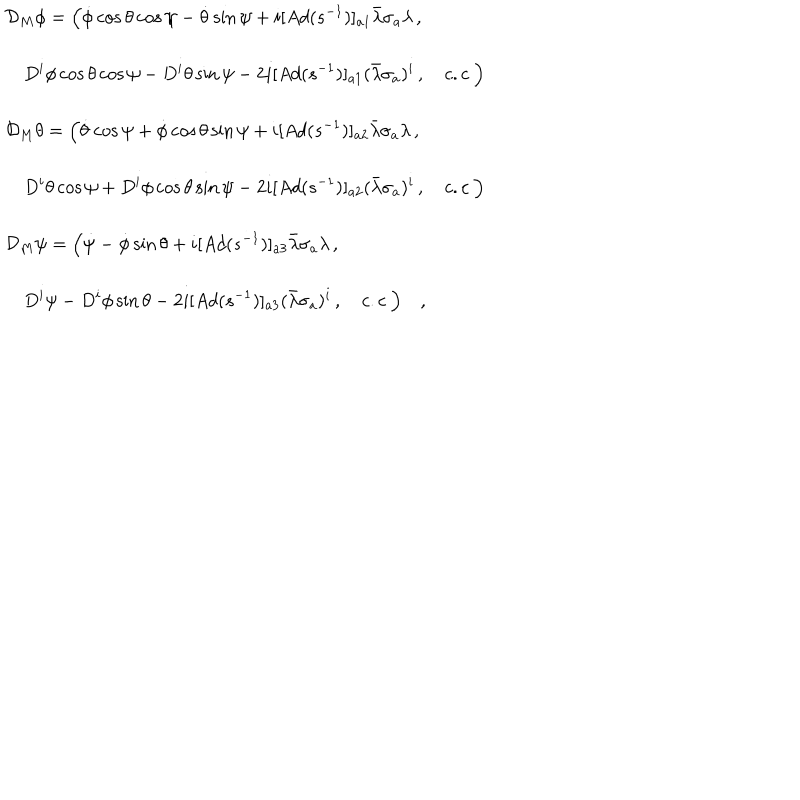
\begin{array} { l } { { \displaystyle { \cal D } _ { M } \phi = \Bigl ( \dot { \phi } \cos \theta \cos \psi - \dot { \theta } \sin \psi + i [ A d ( s ^ { - 1 } ) ] _ { a 1 } \bar { \lambda } \sigma _ { a } \lambda \, , } } \\ { { \displaystyle \quad D ^ { i } \phi \cos \theta \cos \psi - D ^ { i } \theta \sin \psi - 2 i [ A d ( s ^ { - 1 } ) ] _ { a 1 } ( \bar { \lambda } \sigma _ { a } ) ^ { i } \, , \quad c . c \ \Bigr ) } } \\ { { \displaystyle { \cal D } _ { M } \theta = \Bigl ( \dot { \theta } \cos \psi + \dot { \phi } \cos \theta \sin \psi + i [ A d ( s ^ { - 1 } ) ] _ { a 2 } \bar { \lambda } \sigma _ { a } \lambda \, , } } \\ { { \displaystyle \quad D ^ { i } \theta \cos \psi + D ^ { i } \phi \cos \theta \sin \psi - 2 i [ A d ( s ^ { - 1 } ) ] _ { a 2 } ( \bar { \lambda } \sigma _ { a } ) ^ { i } \, , \quad c . c \ \Bigr ) } } \\ { { \displaystyle { \cal D } _ { M } \psi = \Bigl ( \dot { \psi } - \dot { \phi } \sin \theta + i [ A d ( s ^ { - 1 } ) ] _ { a 3 } \bar { \lambda } \sigma _ { a } \lambda \, , } } \\ { { \displaystyle \quad D ^ { i } \psi - D ^ { i } \phi \sin \theta - 2 i [ A d ( s ^ { - 1 } ) ] _ { a 3 } ( \bar { \lambda } \sigma _ { a } ) ^ { i } \, , \quad c . c \ \Bigr ) \quad , } } \\ \end{array}